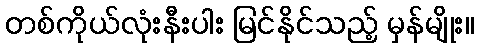
တစ်ကိုယ်လုံးနီးပါး မြင်နိုင်သည့် မှန်မျိုး။